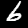
Digit: 6